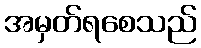
အမှတ်ရစေသည်